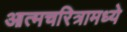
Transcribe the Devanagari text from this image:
आत्मचरित्रामध्ये